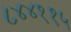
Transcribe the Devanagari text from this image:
८४४११५